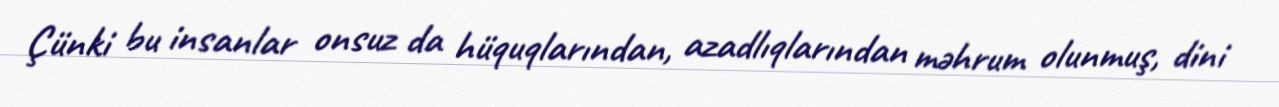
Çünki bu insanlar onsuz da hüquqlarından, azadlıqlarından məhrum olunmuş, dini